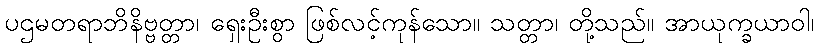
ပဌမတရာဘိနိဗ္ဗတ္တာ၊ ရှေးဦးစွာ ဖြစ်လင့်ကုန်သော။ သတ္တာ၊ တို့သည်။ အာယုက္ခယာဝါ၊